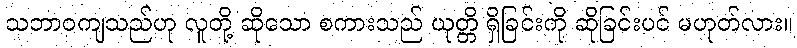
သဘာဝကျသည်ဟု လူတို့ ဆိုသော စကားသည် ယုတ္တိ ရှိခြင်းကို ဆိုခြင်းပင် မဟုတ်လား။